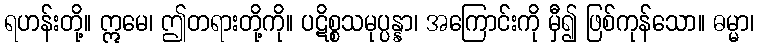
ရဟန်းတို့။ ဣမေ၊ ဤတရားတို့ကို။ ပဋိစ္စသမုပ္ပန္နာ၊ အကြောင်းကို မှီ၍ ဖြစ်ကုန်သော။ ဓမ္မာ၊